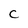
Character: C